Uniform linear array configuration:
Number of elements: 16
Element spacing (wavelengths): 0.5
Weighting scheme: hamming
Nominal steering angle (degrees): -45
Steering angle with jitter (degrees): -45.858
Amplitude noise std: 0.05
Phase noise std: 0.05

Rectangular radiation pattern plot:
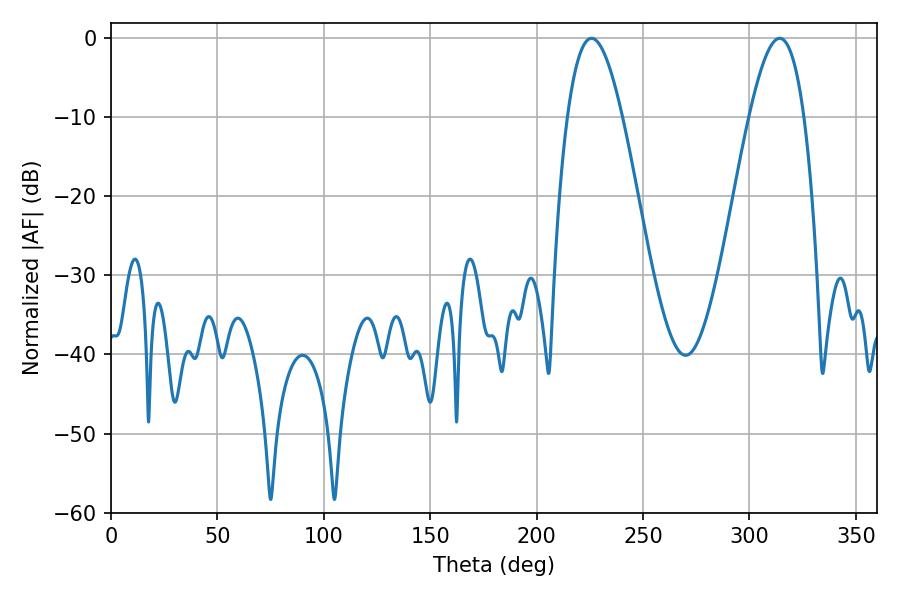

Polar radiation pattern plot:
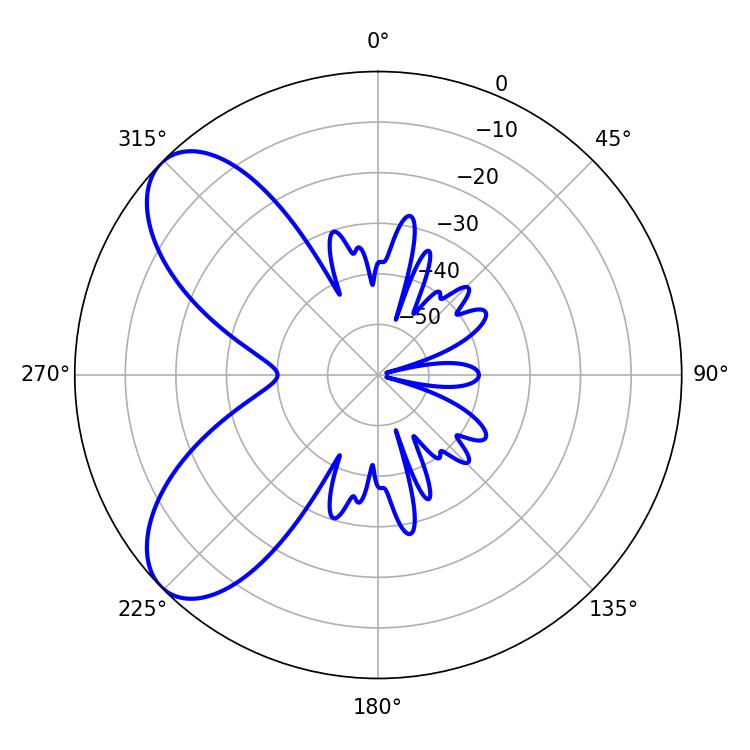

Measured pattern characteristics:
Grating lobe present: FALSE
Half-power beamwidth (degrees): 14.04
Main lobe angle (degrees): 225.72